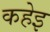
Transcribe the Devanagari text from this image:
कहेइ